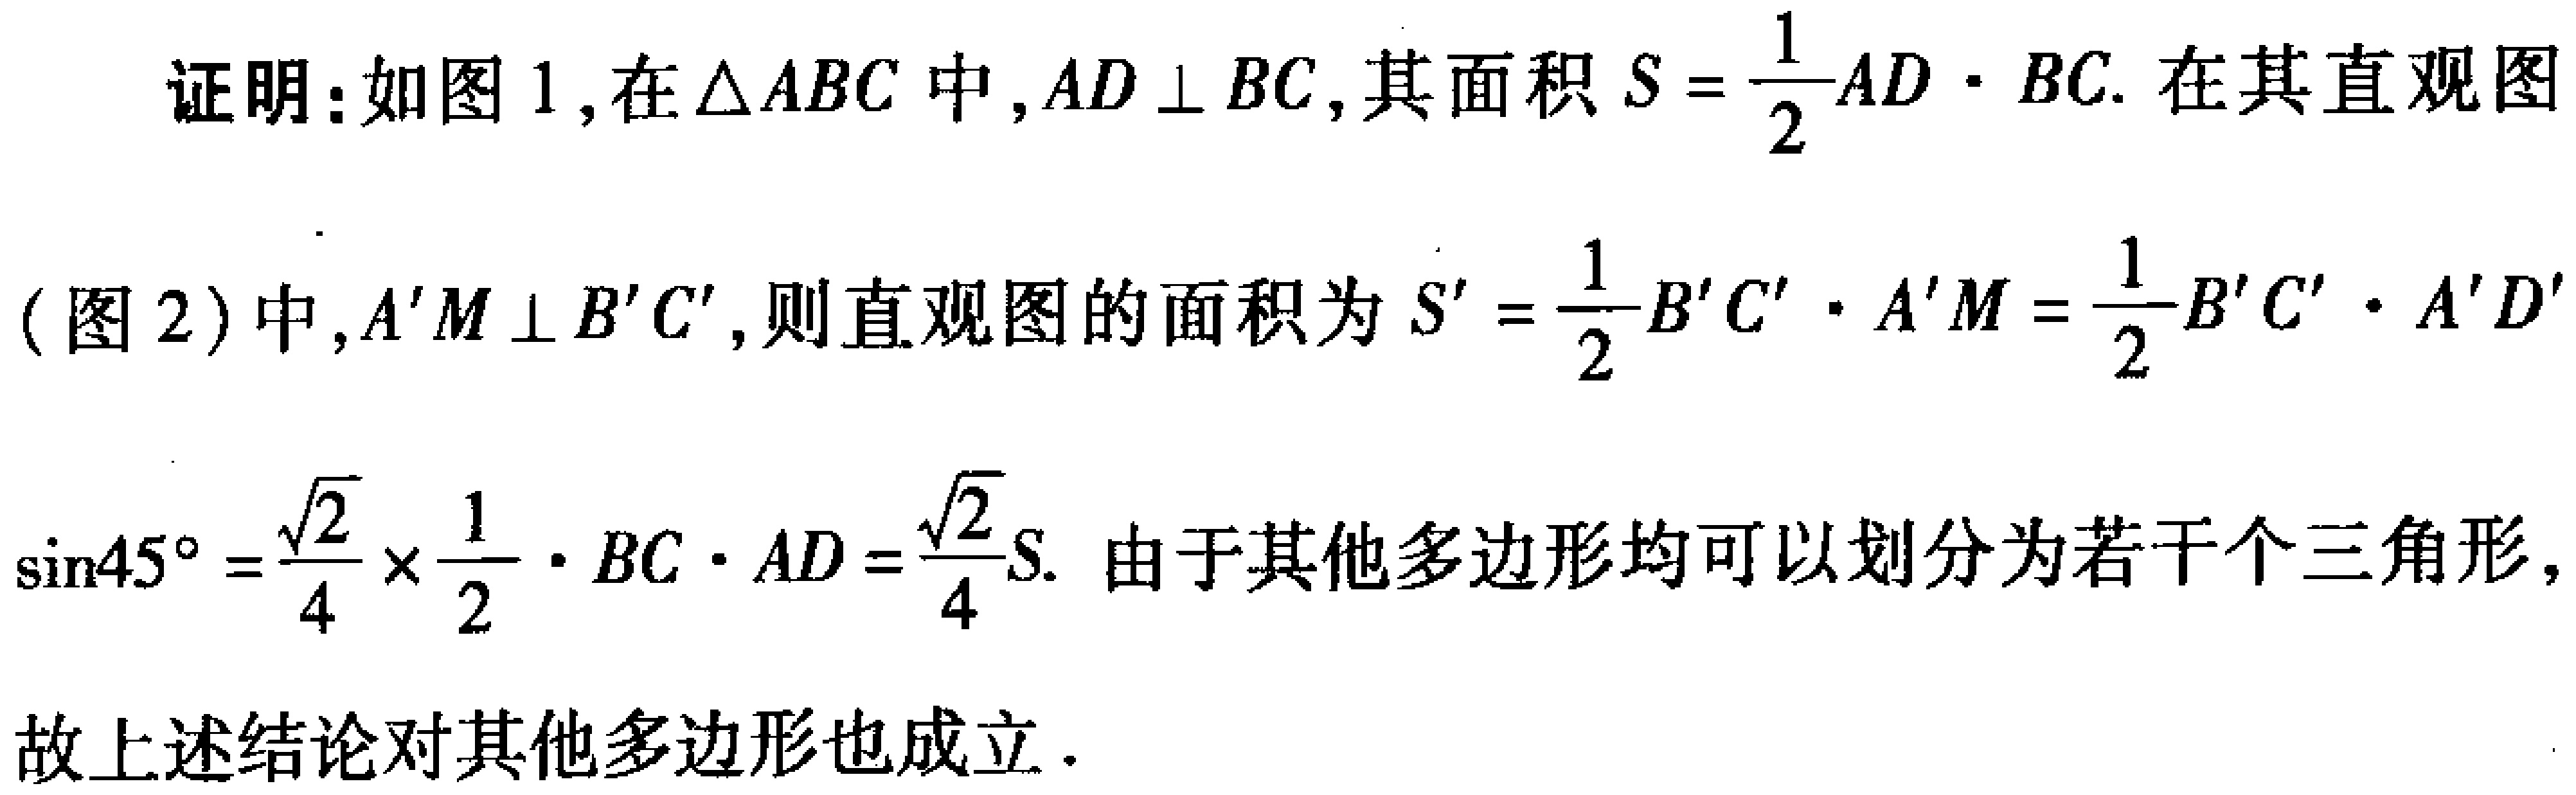
证明：如图 1，在$\triangle ABC$中，$AD\perp BC$，其面积$S = \frac{1}{2}AD\cdot BC$. 在其直观图（图 2）中，$A'M\perp B'C'$，则直观图的面积为$S' = \frac{1}{2}B'C'\cdot A'M = \frac{1}{2}B'C'\cdot A'D'\sin45^{\circ}=\frac{\sqrt{2}}{4}\times\frac{1}{2}\cdot BC\cdot AD = \frac{\sqrt{2}}{4}S$. 由于其他多边形均可以划分为若干个三角形，故上述结论对其他多边形也成立.